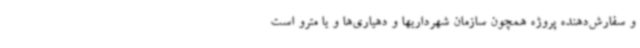
و سفارش‌دهنده پروژه همچون سازمان شهرداریها و دهیاری‌ها و یا مترو است